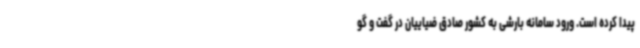
پیدا کرده است. ورود سامانه بارشی به کشور صادق ضیاییان در گفت و گو